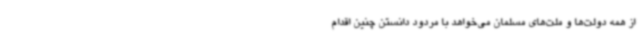
از همه دولت‌ها و ملت‌های مسلمان می‌خواهد با مردود دانستن چنین اقدام